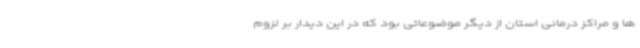
ها و مراکز درمانی استان از دیگر موضوعاتی بود که در این دیدار بر لزوم